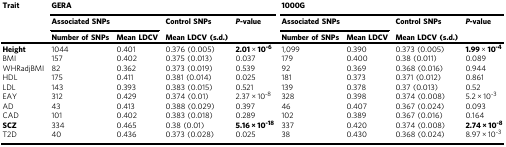
| <ROWSPAN=3> Trait | <COLSPAN=4> GERA | <COLSPAN=4> 1000G |
 | <COLSPAN=2> Associated SNPs | Control SNPs | <ROWSPAN=2> P-value | <COLSPAN=2> Associated SNPs | Control SNPs | <ROWSPAN=2> P-value |
 | Number of SNPs | Mean LDCV | Mean LDCV (s.d.) | Number of SNPs | Mean LDCV | Mean LDCV (s.d.) |
 | --- | --- | --- | --- | --- | --- | --- | --- | --- |
 | Height | 1044 | 0.401 | 0.376 (0.005) | 2.01 × 10-6 | 1,099 | 0.390 | 0.373 (0.005) | 1.99 × 10-4 |
 | BMI | 157 | 0.402 | 0.375 (0.013) | 0.037 | 179 | 0.400 | 0.38 (0.011) | 0.089 |
 | WHRadjBMI | 82 | 0.362 | 0.373 (0.019) | 0.539 | 92 | 0.369 | 0.368 (0.016) | 0.944 |
 | HDL | 175 | 0.411 | 0.381 (0.014) | 0.025 | 181 | 0.373 | 0.371 (0.012) | 0.861 |
 | LDL | 143 | 0.393 | 0.383 (0.015) | 0.521 | 139 | 0.378 | 0.37 (0.013) | 0.52 |
 | EAY | 312 | 0.429 | 0.374 (0.01) | 2.37 × 10-8 | 328 | 0.398 | 0.374 (0.008) | 5.2 × 10-3 |
 | AD | 43 | 0.413 | 0.388 (0.029) | 0.397 | 46 | 0.407 | 0.367 (0.024) | 0.093 |
 | CAD | 101 | 0.402 | 0.383 (0.018) | 0.289 | 102 | 0.389 | 0.367 (0.016) | 0.164 |
 | SCZ | 334 | 0.465 | 0.38 (0.01) | 5.16 × 10-18 | 337 | 0.420 | 0.374 (0.008) | 2.74 × 10-8 |
 | T2D | 40 | 0.436 | 0.373 (0.028) | 0.025 | 38 | 0.430 | 0.368 (0.024) | 8.97 × 10-3 |